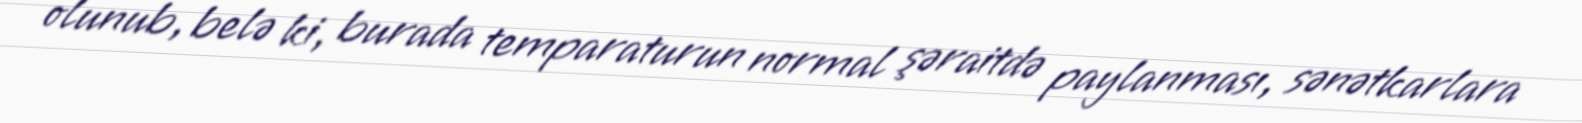
olunub, belə ki, burada temparaturun normal şəraitdə paylanması, sənətkarlara